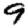
Digit: 9